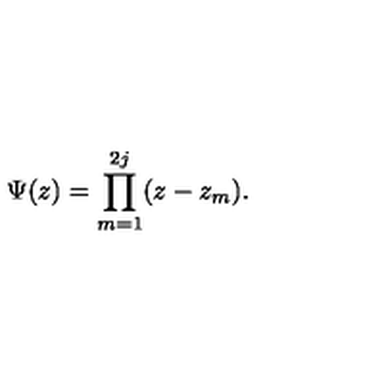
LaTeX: \Psi ( z ) = \prod _ { m = 1 } ^ { 2 j } ( z - z _ { m } ) .